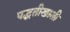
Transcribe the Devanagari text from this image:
पद्धतीखाली